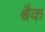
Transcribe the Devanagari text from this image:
श्वैक